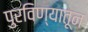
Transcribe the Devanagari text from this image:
पुरविण्यातून